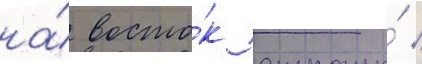
на́ восто́к страны́ /